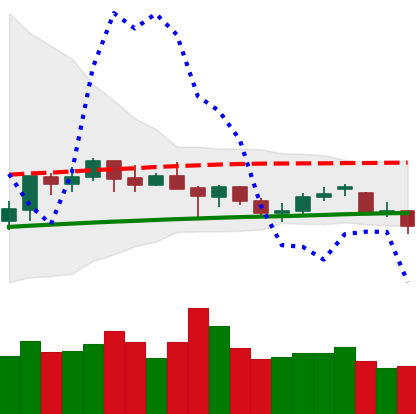
Ticker: ETH-USD
Chart end date: 2021-06-18
Forward return: -10.843%
Label: down_7plus